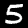
Digit: 5